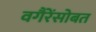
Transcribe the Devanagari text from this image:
वगैरेंसोबत